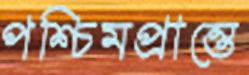
পশ্চিমপ্রান্তে